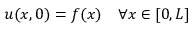
u ( x , 0 ) = f ( x ) \quad \forall x \in [ 0 , L ]